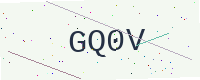
Text: GQ0V